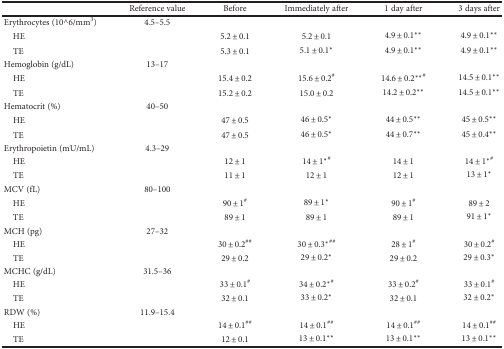
<table><thead><tr><td></td><td><b>Reference value</b></td><td><b>Before</b></td><td><b>Immediately after</b></td><td><b>1 day after</b></td><td><b>3 days after</b></td></tr></thead><tbody><tr><td>Erythrocytes (10^6/mm<sup>3</sup>)</td><td>4.5–5.5</td><td></td><td></td><td></td><td></td></tr><tr><td> HE</td><td></td><td>5.2 ± 0.1</td><td>5.2 ± 0.1</td><td>4.9 ± 0.1<sup>∗∗</sup></td><td>4.9 ± 0.1<sup>∗∗</sup></td></tr><tr><td> TE</td><td></td><td>5.3 ± 0.1</td><td>5.1 ± 0.1<sup>∗</sup></td><td>4.9 ± 0.1<sup>∗∗</sup></td><td>4.9 ± 0.1<sup>∗∗</sup></td></tr><tr><td>Hemoglobin (g/dL)</td><td>13–17</td><td></td><td></td><td></td><td></td></tr><tr><td> HE</td><td></td><td>15.4 ± 0.2</td><td>15.6 ± 0.2<sup>#</sup></td><td>14.6 ± 0.2<sup>∗∗</sup><sup>#</sup></td><td>14.5 ± 0.1<sup>∗∗</sup></td></tr><tr><td> TE</td><td></td><td>15.2 ± 0.2</td><td>15.0 ± 0.2</td><td>14.2 ± 0.2<sup>∗∗</sup></td><td>14.5 ± 0.1<sup>∗∗</sup></td></tr><tr><td>Hematocrit (%)</td><td>40–50</td><td></td><td></td><td></td><td></td></tr><tr><td> HE</td><td></td><td>47 ± 0.5</td><td>46 ± 0.5<sup>∗</sup></td><td>44 ± 0.5<sup>∗∗</sup></td><td>45 ± 0.5<sup>∗∗</sup></td></tr><tr><td> TE</td><td></td><td>47 ± 0.5</td><td>46 ± 0.5<sup>∗</sup></td><td>44 ± 0.7<sup>∗∗</sup></td><td>45 ± 0.4<sup>∗∗</sup></td></tr><tr><td>Erythropoietin (mU/mL)</td><td>4.3–29</td><td></td><td></td><td></td><td></td></tr><tr><td> HE</td><td></td><td>12 ± 1</td><td>14 ± 1<sup>∗</sup><sup>#</sup></td><td>14 ± 1</td><td>14 ± 1<sup>∗</sup><sup>#</sup></td></tr><tr><td> TE</td><td></td><td>11 ± 1</td><td>12 ± 1</td><td>12 ± 1</td><td>13 ± 1<sup>∗</sup></td></tr><tr><td>MCV (fL)</td><td>80–100</td><td></td><td></td><td></td><td></td></tr><tr><td> HE</td><td></td><td>90 ± 1<sup>#</sup></td><td>89 ± 1<sup>∗</sup></td><td>90 ± 1<sup>#</sup></td><td>89 ± 2</td></tr><tr><td> TE</td><td></td><td>89 ± 1</td><td>89 ± 1</td><td>89 ± 1</td><td>91 ± 1<sup>∗</sup></td></tr><tr><td>MCH (pg)</td><td>27–32</td><td></td><td></td><td></td><td></td></tr><tr><td> HE</td><td></td><td>30 ± 0.2<sup>##</sup></td><td>30 ± 0.3<sup>∗</sup><sup>##</sup></td><td>28 ± 1<sup>#</sup></td><td>30 ± 0.2<sup>#</sup></td></tr><tr><td> TE</td><td></td><td>29 ± 0.2</td><td>29 ± 0.2<sup>∗</sup></td><td>29 ± 0.2</td><td>29 ± 0.3<sup>∗</sup></td></tr><tr><td>MCHC (g/dL)</td><td>31.5–36</td><td></td><td></td><td></td><td></td></tr><tr><td> HE</td><td></td><td>33 ± 0.1<sup>#</sup></td><td>34 ± 0.2<sup>∗</sup><sup>#</sup></td><td>33 ± 0.2<sup>#</sup></td><td>33 ± 0.1<sup>#</sup></td></tr><tr><td> TE</td><td></td><td>32 ± 0.1</td><td>33 ± 0.2<sup>∗</sup></td><td>32 ± 0.1</td><td>32 ± 0.2<sup>∗</sup></td></tr><tr><td>RDW (%)</td><td>11.9–15.4</td><td></td><td></td><td></td><td></td></tr><tr><td> HE</td><td></td><td>14 ± 0.1<sup>##</sup></td><td>14 ± 0.1<sup>##</sup></td><td>14 ± 0.1<sup>##</sup></td><td>14 ± 0.1<sup>##</sup></td></tr><tr><td> TE</td><td></td><td>12 ± 0.1</td><td>13 ± 0.1<sup>∗∗</sup></td><td>13 ± 0.1<sup>∗∗</sup></td><td>13 ± 0.1<sup>∗∗</sup></td></tr></tbody></table>